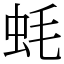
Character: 蚝